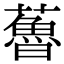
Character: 𧀦